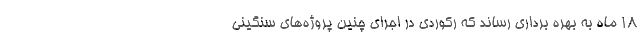
18 ماه به بهره برداری رساند که رکوردی در اجرای چنین پروژه‌های سنگینی